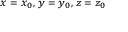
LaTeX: \scriptstyle x \; = \; x _ { 0 } , \; y \; = \; y _ { 0 } , \; z \; = \; z _ { 0 }